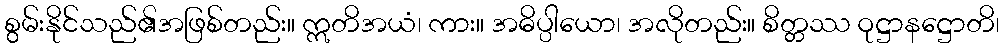
စွမ်းနိုင်သည်၏အဖြစ်တည်း။ ဣတိအယံ၊ ကား။ အဓိပ္ပါယော၊ အလိုတည်း။ စိတ္တဿ ဝုဋ္ဌာနဋ္ဌောတိ၊